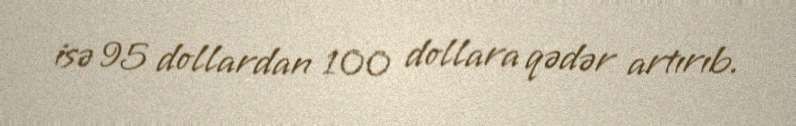
isə 95 dollardan 100 dollara qədər artırıb.